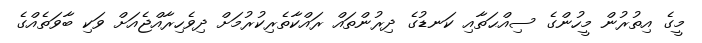
މީގެ އިތުރުން މީހުންގެ ސިއްޙަތާއި ކަނޑުގެ ދިރުންތައް ރައްކާތެރިކުރުމަށް ދިވެހިރާއްޖެއަށް ވަކި ބާވަތެއްގެ